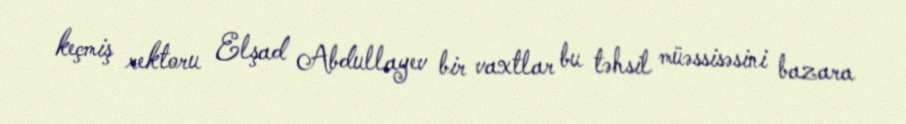
keçmiş rektoru Elşad Abdullayev bir vaxtlar bu təhsil müəssisəsini bazara